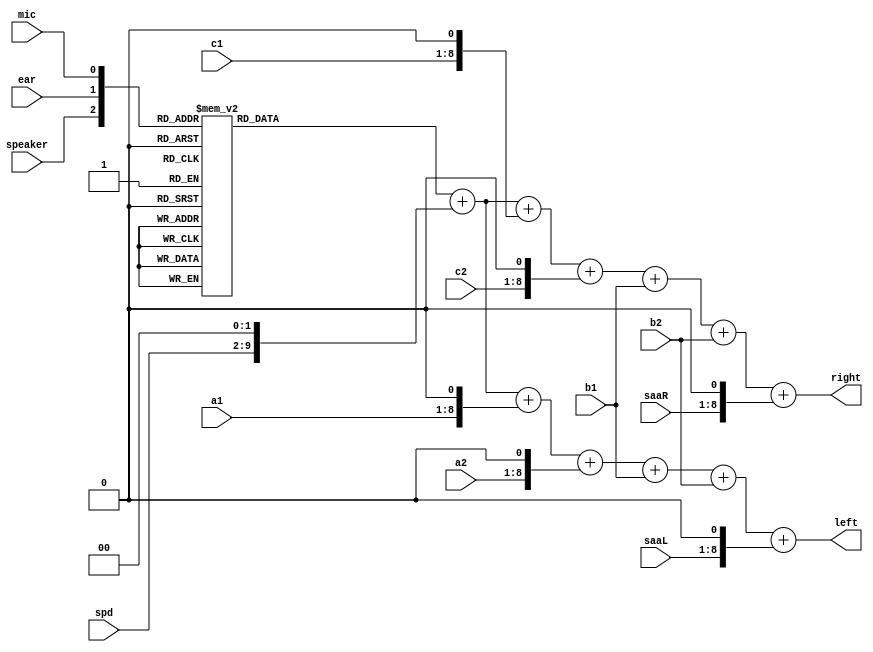
//-------------------------------------------------------------------------------------------------
module audio
//-------------------------------------------------------------------------------------------------
(
	input  wire       speaker,
	input  wire       mic,
	input  wire       ear,

	input  wire[ 7:0] spd,

	input  wire[ 7:0] a1,
	input  wire[ 7:0] b1,
	input  wire[ 7:0] c1,
	input  wire[ 7:0] a2,
	input  wire[ 7:0] b2,
	input  wire[ 7:0] c2,

	input  wire[ 7:0] saaL,
	input  wire[ 7:0] saaR,

	output wire[11:0] left,
	output wire[11:0] right
);
//-------------------------------------------------------------------------------------------------

reg[7:0] ula;
always @(*) case({ speaker, ear, mic })
	0: ula <= 8'h00;
	1: ula <= 8'h24;
	2: ula <= 8'h40;
	3: ula <= 8'h64;
	4: ula <= 8'hB8;
	5: ula <= 8'hC0;
	6: ula <= 8'hF8;
	7: ula <= 8'hFF;
endcase

//-------------------------------------------------------------------------------------------------

assign left  = { 4'd0, ula }+{ 2'd0, spd, 2'd0 }+{ 3'd0, a1, 1'd0 }+{ 3'd0, a2, 1'd0 }+{ 4'd0, b1 }+{ 4'd0, b2 }+{ 3'd0, saaL, 1'd0 };
assign right = { 4'd0, ula }+{ 2'd0, spd, 2'd0 }+{ 3'd0, c1, 1'd0 }+{ 3'd0, c2, 1'd0 }+{ 4'd0, b1 }+{ 4'd0, b2 }+{ 3'd0, saaR, 1'd0 };

//-------------------------------------------------------------------------------------------------
endmodule
//-------------------------------------------------------------------------------------------------